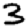
Digit: 3